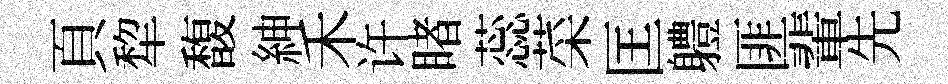
頁犂馥紳禾许睹蕊菜匡軆匪輩先